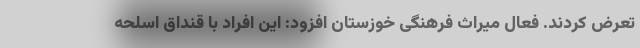
تعرض کردند. فعال میراث فرهنگی خوزستان افزود: این افراد با قنداق اسلحه